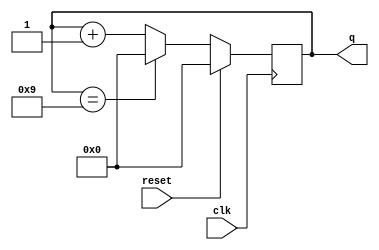
module top_module (
    input clk,
    input reset,        // Synchronous active-high reset
    output [3:0] q);
    always @ (posedge clk) begin
        if(reset) q <= 0;
        else if(q == 4'd9) q <= 0;
        else q <= q + 4'd1;
    end
endmodule